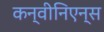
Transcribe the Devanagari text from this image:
कन्वीनिएन्स